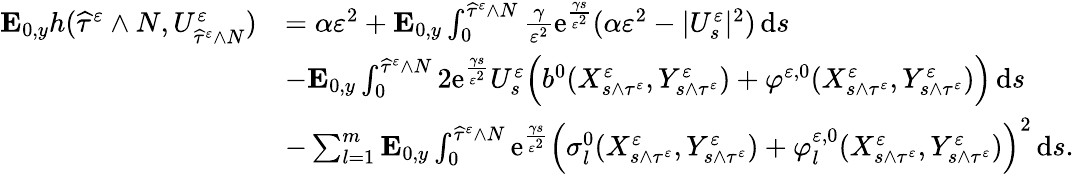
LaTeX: \begin{array}{rl}{\mathbf{E}_{0,y}h(\widehat\tau^{\varepsilon}\wedge N,U_{\widehat\tau^{\varepsilon}\wedge N}^{\varepsilon})}&{=\alpha\varepsilon^{2}+\mathbf{E}_{0,y}\int_{0}^{\widehat\tau^{\varepsilon}\wedge N}\frac{\gamma}{\varepsilon^{2}}\mathrm{e}^{\frac{\gamma s}{\varepsilon^{2}}}(\alpha\varepsilon^{2}-|U_{s}^{\varepsilon}|^{2})\, \mathrm{d}s}\\ &{-\mathbf{E}_{0,y}\int_{0}^{\widehat\tau^{\varepsilon}\wedge N}2\mathrm{e}^{\frac{\gamma s}{\varepsilon^{2}}}U_{s}^{\varepsilon}\Big(b^{0}(X_{s\wedge\tau^{\varepsilon}}^{\varepsilon},Y_{s\wedge\tau^{\varepsilon}}^{\varepsilon})+\varphi^{\varepsilon,0}(X_{s\wedge\tau^{\varepsilon}}^{\varepsilon},Y_{s\wedge\tau^{\varepsilon}}^{\varepsilon})\Big)\, \mathrm{d}s}\\ &{-\sum_{l=1}^{m}\mathbf{E}_{0,y}\int_{0}^{\widehat\tau^{\varepsilon}\wedge N}\mathrm{e}^{\frac{\gamma s}{\varepsilon^{2}}}\Big(\sigma_{l}^{0}(X_{s\wedge\tau^{\varepsilon}}^{\varepsilon},Y_{s\wedge\tau^{\varepsilon}}^{\varepsilon})+\varphi_{l}^{\varepsilon,0}(X_{s\wedge\tau^{\varepsilon}}^{\varepsilon},Y_{s\wedge\tau^{\varepsilon}}^{\varepsilon})\Big)^{2}\, \mathrm{d}s.}\end{array}